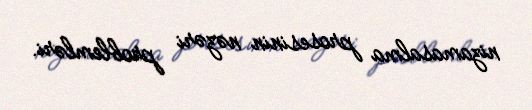
nizamasalma prosesinin nəzəri problemləri.